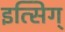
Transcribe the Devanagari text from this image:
इत्सिग्